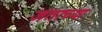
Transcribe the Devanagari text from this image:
जंताच्या